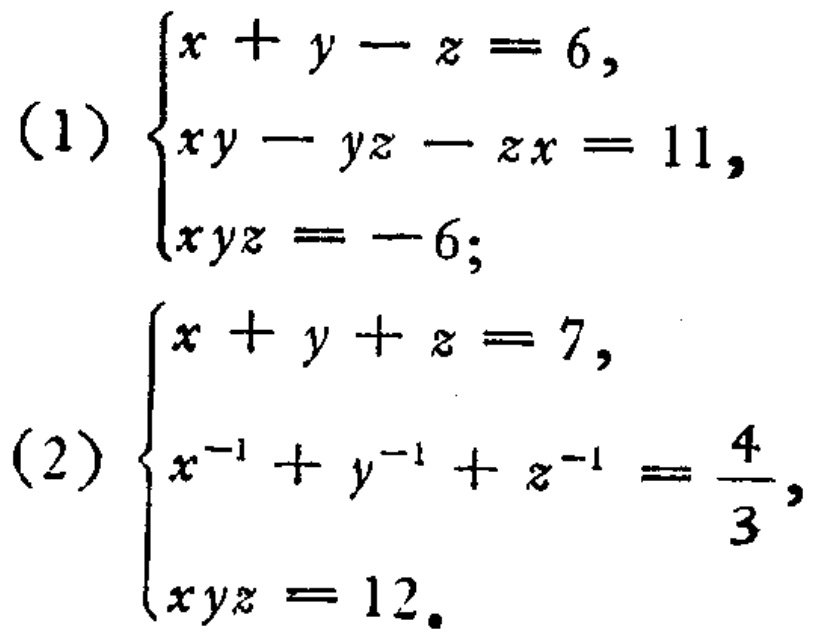
(1) \(\begin{cases}
x + y - z = 6,\\
xy - yz - zx = 11,\\
xyz = -6;
\end{cases}\)
(2) \(\begin{cases}
x + y + z = 7,\\
x^{-1} + y^{-1} + z^{-1} = \frac{4}{3},\\
xyz = 12.
\end{cases}\)